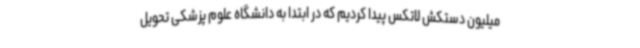
میلیون دستکش لاتکس پیدا کردیم که در ابتدا به دانشگاه علوم پزشکی تحویل